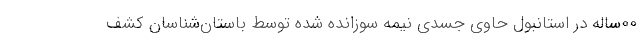
۰۰ساله در استانبول حاوی جسدی نیمه سوزانده شده توسط باستان‌شناسان کشف